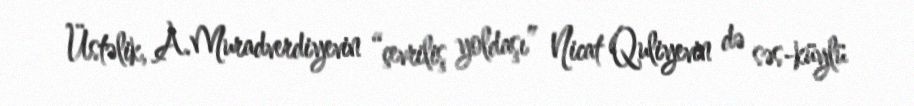
Üstəlik, A.Muradverdiyevin “çevriliş yoldaşı” Nicat Quliyevin də səs-küylü